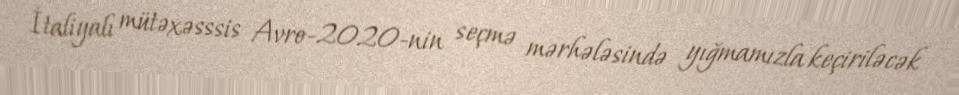
İtaliyalı mütəxəsssis Avro-2020-nin seçmə mərhələsində yığmamızla keçiriləcək